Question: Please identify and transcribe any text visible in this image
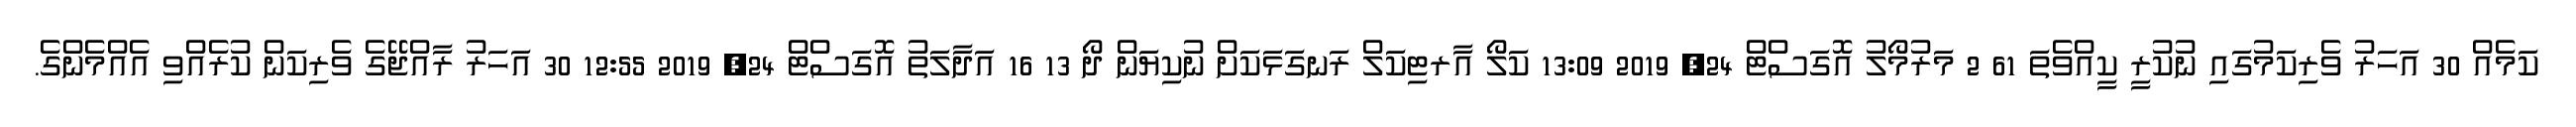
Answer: ކަމެއް 30 އަހަރު ވެރިކަމުގައި ނުކުރީ ކީއްވެތަ 61 2 މަރުމޯލު އޮގަސްޓް 24, 2019 13:09 ކަލޯ އާރޓިކަލް ރަނގަޅަކަށް ނުކިޔަން ދޯ 13 16 އަދާލަތު އޮގަސްޓް 24, 2019 12:55 30 އަހަރު ރާއްޖޭގެ ވެރިކަން ކުރެއްވި އެއްމެންގެ.